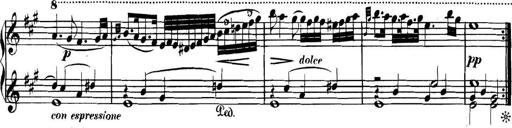
Title: Collected Piano Sonatas
Composer: Muzio Clementi